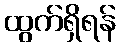
ထွက်ရှိရန်